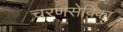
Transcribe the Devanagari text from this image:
चरणसेविका